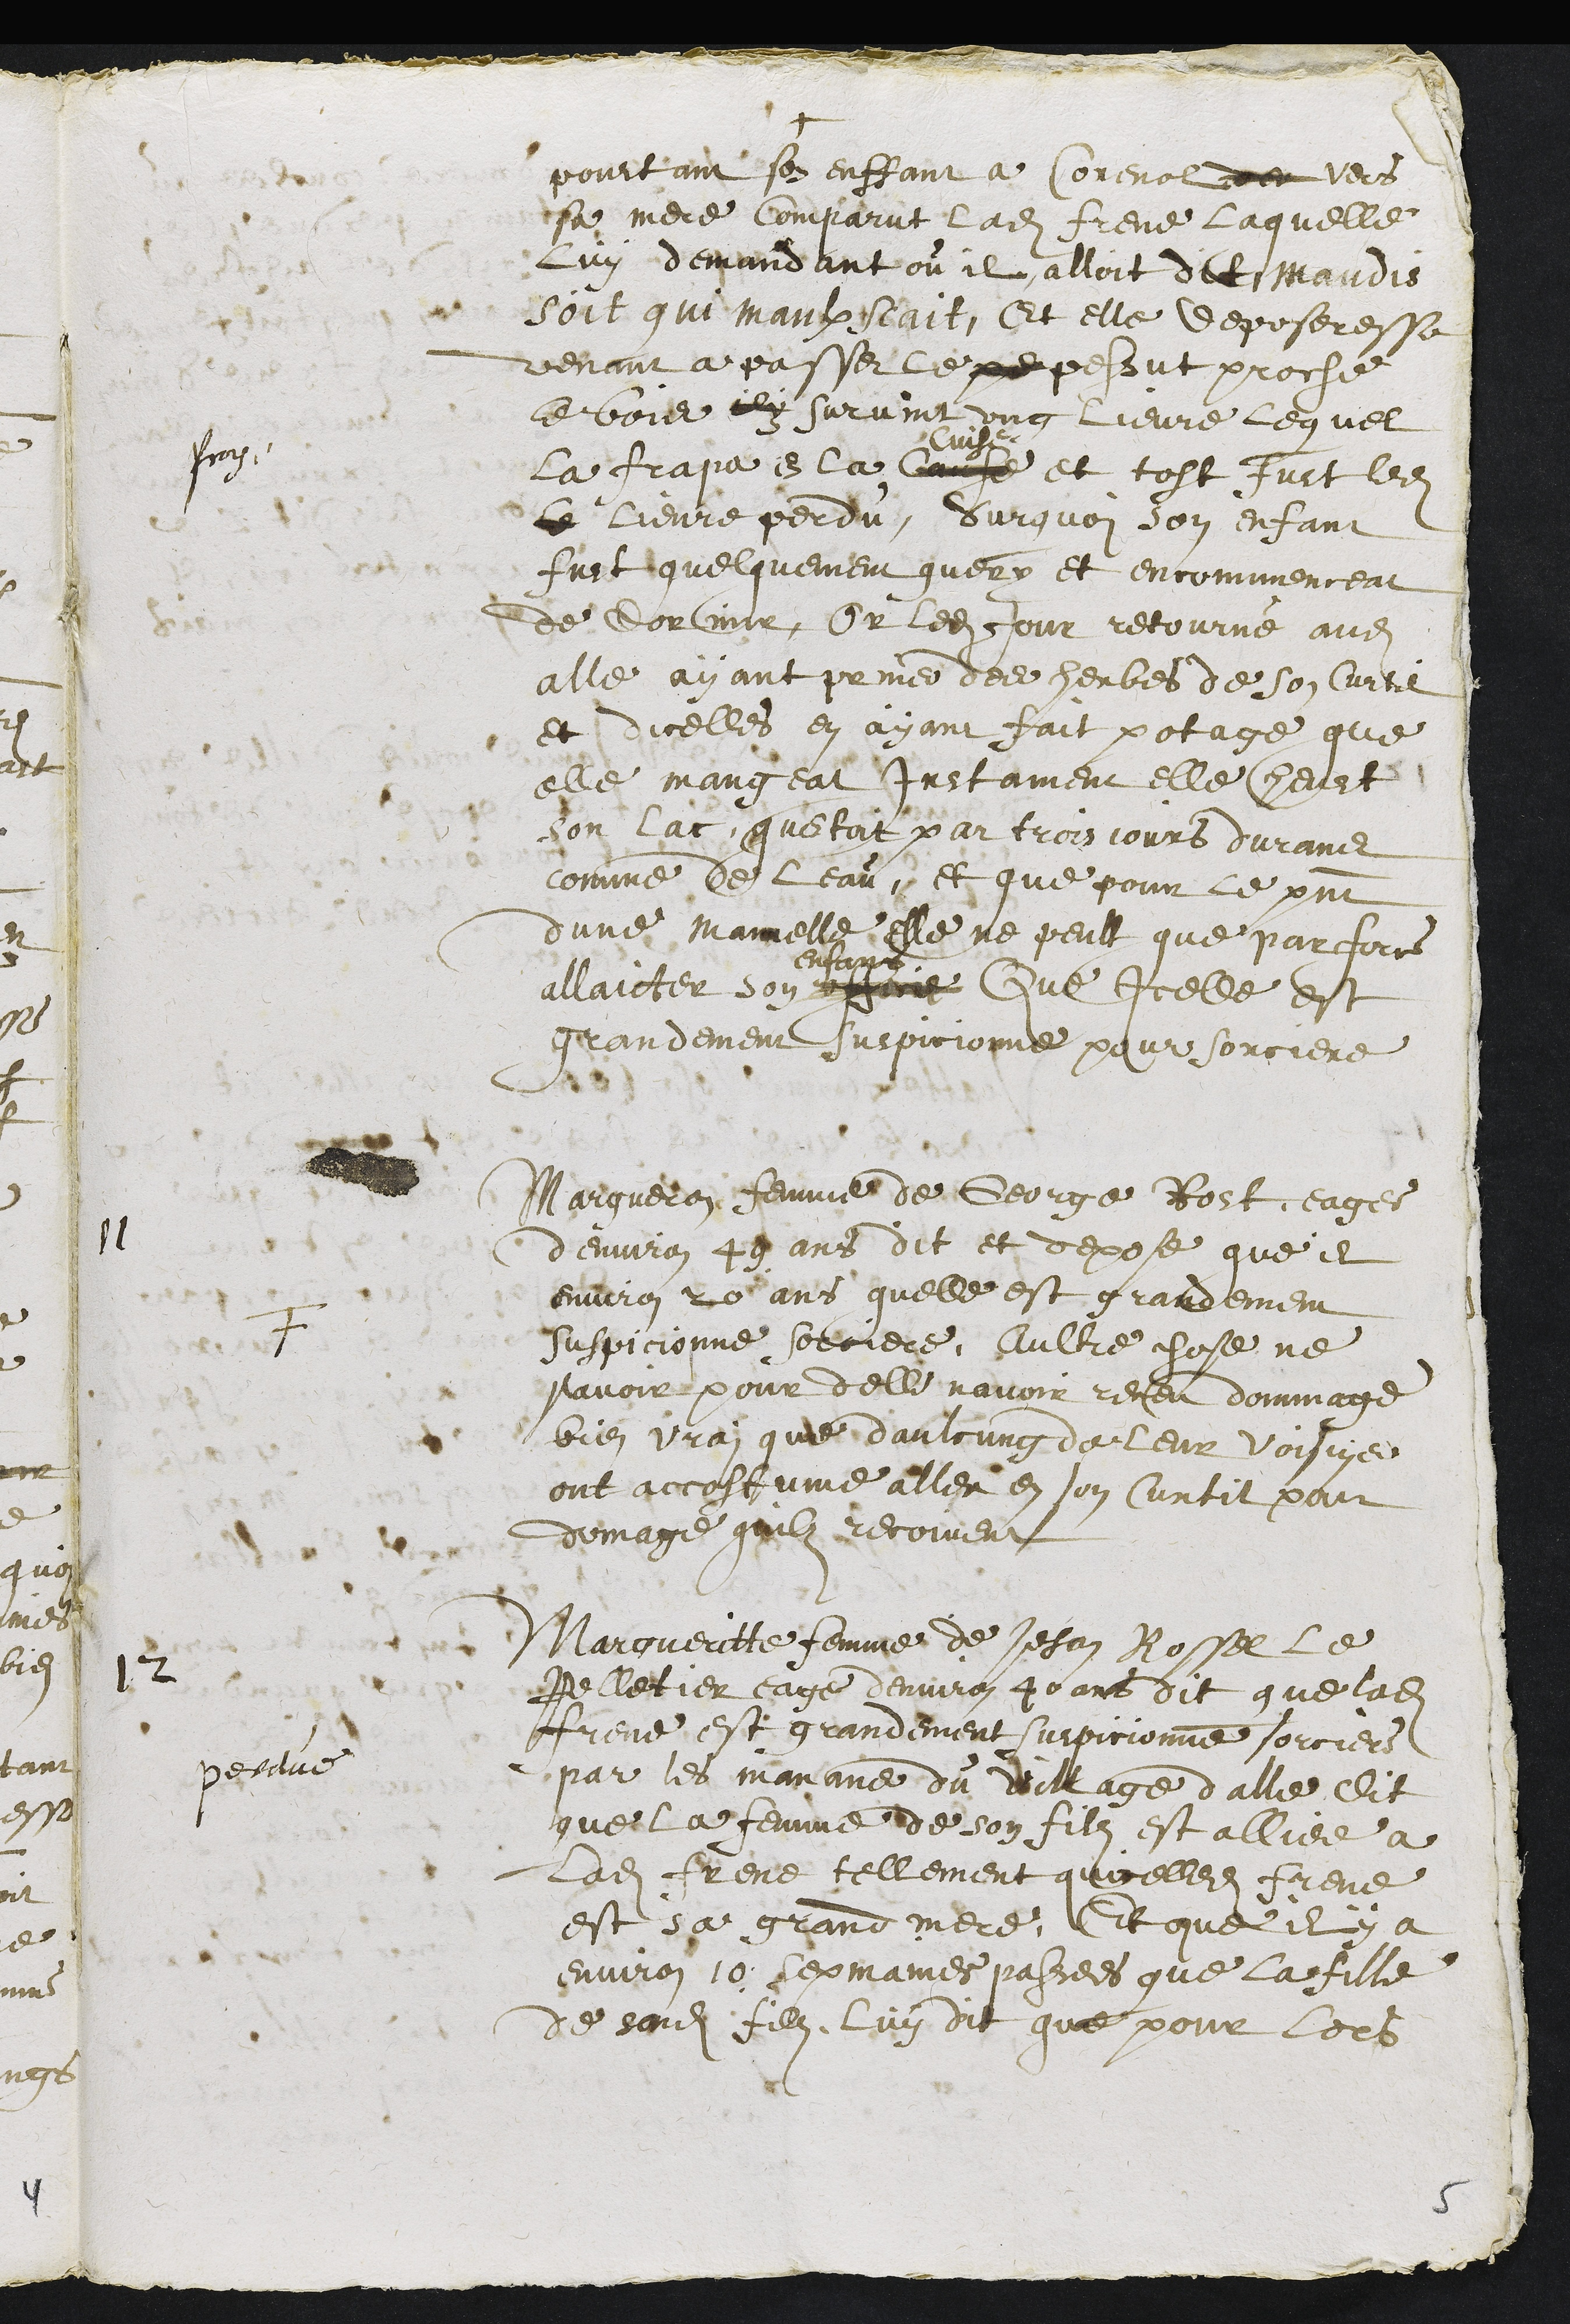
+
pourtant son enffant a Corenol des vers
sa mere comparut ladite Frene Laquelle
Luy demandant ou il alloit dict maudis
soit qui maulx scait, Et elle deposeresse
venant a passer le pepessut proche
le bois ily survint ung lievre lequel
pray
la frape en la Cause
Cuise
et tost fust ledit
le lievre perdu, Surquoi son enfant
fust quelquement guery et encommenceat
de dormir, Or ledit jour retourné audit
alle ayant prins des herbes de son Curtil
et dicelles en ayant fait potage que
elle mangeat Instament elle heust
son lac questoit par trois jours durant
comme de leau, et que pour le present
dune mamelles elle ne peult que par force
allaicter son office
enfans
Que Icelle est
grandement suspicionne pour sorciere
11
F
Margueron femme de George Rost, eagee
denviron 49 ans dit et depose que il
environ 20 ans quelle est grandement
suspicionne sorciere, Aultre chose ne
savoir pour delle navoir receu dommage
bien vray que daulcung de leur voisins
ont accostume aller en son Curtil pour
domage quilz recoivent
12
Margueritte femme de Jehan Rossel le
Pelletier eage denviron 40 ans dit que ladite
Frene est grandement suspicionne sorciere
perdue
par les manans du village dalle dit
que la femme de son filz est alliee à
Ladite Frene tellement quicelledite Frene
est sa grand mere. Et que il y a
environ 10 sepmaines passees que la fille
de sondit filz, luy dit que pour lors
5